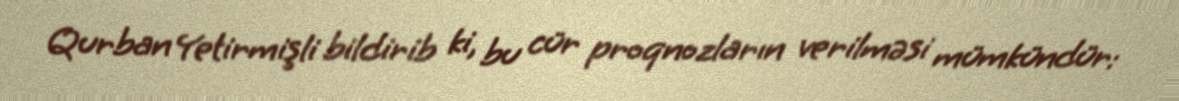
Qurban Yetirmişli bildirib ki, bu cür proqnozların verilməsi mümkündür: